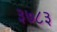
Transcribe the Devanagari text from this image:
३७८३